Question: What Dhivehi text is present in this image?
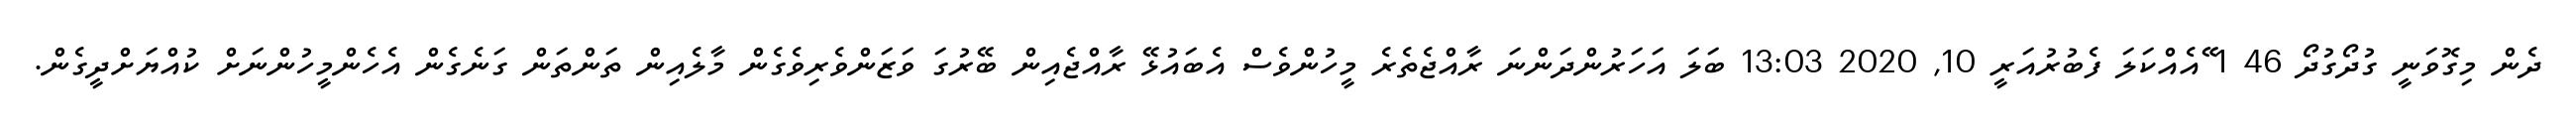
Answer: ދެން މިގޮވަނީ ގުދޯގުދޯ 46 1 ޭއެއްކަލަ ފެބުރުއަރީ 10, 2020 13:03 ބަލަ އަހަރުންދަންނަ ރާއްޖެތެރެ މީހުންވެސް އެބައުޅޭ ރާއްޖެއިން ބޭރުގަ ވަޒަންވެރިވެގެން މާލެއިން ތަންތަން ގަނެގެން އެހެންމީހުންނަށް ކުއްޔަށްދީގެން.